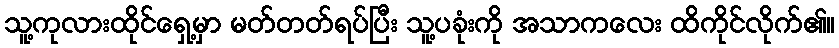
သူ့ကုလားထိုင်ရှေ့မှာ မတ်တတ်ရပ်ပြီး သူ့ပခုံးကို အသာကလေး ထိကိုင်လိုက်၏။